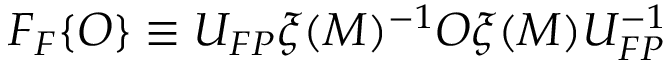
F _ { F } \{ O \} \equiv U _ { F P } \xi ( M ) ^ { - 1 } O \xi ( M ) U _ { F P } ^ { - 1 }